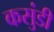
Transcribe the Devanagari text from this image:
कसुंडी